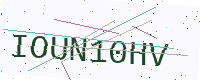
Text: IOUN10HV